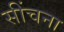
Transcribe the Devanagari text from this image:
सींचना